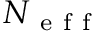
N _ { \mathrm { ~ e ~ f ~ f ~ } }